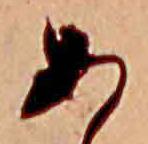
あ